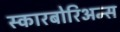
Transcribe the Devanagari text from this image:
स्कारबोरिअन्स